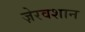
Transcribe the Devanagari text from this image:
ज़ेरवशान